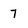
Character: 7